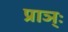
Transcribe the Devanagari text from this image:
प्राञ्ः